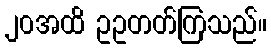
၂၀အထိ ဥဥတတ်ကြသည်။